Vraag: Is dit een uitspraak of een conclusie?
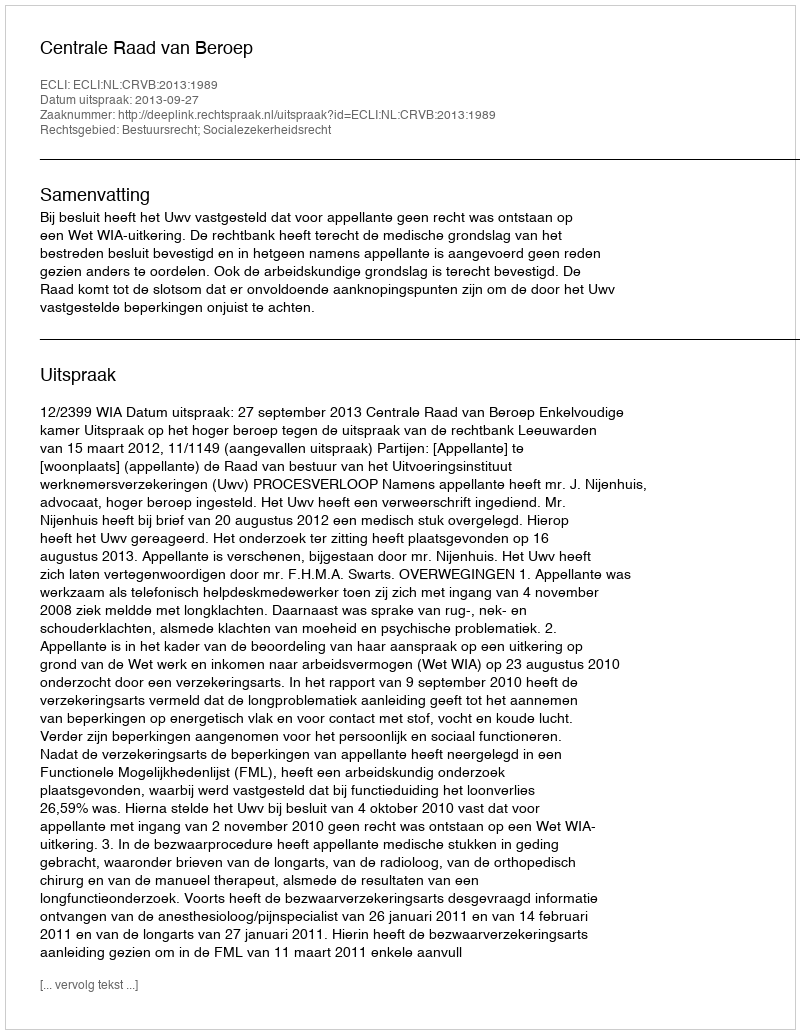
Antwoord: Uitspraak